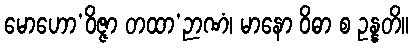
မောဟော’ဝိဇ္ဇာ တထာ’ဉာဏံ၊ မာနော ဝိဓာ စ ဥန္နတိ။